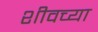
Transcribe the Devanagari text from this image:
शीवच्या